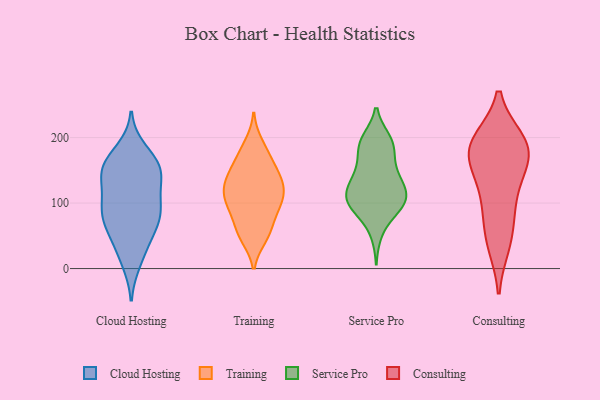
{"axis": {"x": "LTV (USD)", "y": "Value"}, "legend": ["Cloud Hosting", "Consulting", "Service Pro", "Training"], "data": [{"x": "", "y": 52, "type": "Cloud Hosting"}, {"x": "", "y": 181, "type": "Cloud Hosting"}, {"x": "", "y": 19, "type": "Cloud Hosting"}, {"x": "", "y": 85, "type": "Cloud Hosting"}, {"x": "", "y": 151, "type": "Cloud Hosting"}, {"x": "", "y": 81, "type": "Cloud Hosting"}, {"x": "", "y": 96, "type": "Cloud Hosting"}, {"x": "", "y": 10, "type": "Cloud Hosting"}, {"x": "", "y": 80, "type": "Cloud Hosting"}, {"x": "", "y": 144, "type": "Cloud Hosting"}, {"x": "", "y": 48, "type": "Cloud Hosting"}, {"x": "", "y": 61, "type": "Cloud Hosting"}, {"x": "", "y": 154, "type": "Cloud Hosting"}, {"x": "", "y": 137, "type": "Cloud Hosting"}, {"x": "", "y": 161, "type": "Cloud Hosting"}, {"x": "", "y": 124, "type": "Cloud Hosting"}, {"x": "", "y": 97, "type": "Cloud Hosting"}, {"x": "", "y": 166, "type": "Cloud Hosting"}, {"x": "", "y": 94, "type": "Cloud Hosting"}, {"x": "", "y": 149, "type": "Cloud Hosting"}, {"x": "", "y": 103, "type": "Training"}, {"x": "", "y": 99, "type": "Training"}, {"x": "", "y": 114, "type": "Training"}, {"x": "", "y": 48, "type": "Training"}, {"x": "", "y": 139, "type": "Training"}, {"x": "", "y": 169, "type": "Training"}, {"x": "", "y": 190, "type": "Training"}, {"x": "", "y": 134, "type": "Training"}, {"x": "", "y": 114, "type": "Training"}, {"x": "", "y": 80, "type": "Training"}, {"x": "", "y": 169, "type": "Training"}, {"x": "", "y": 53, "type": "Training"}, {"x": "", "y": 95, "type": "Training"}, {"x": "", "y": 133, "type": "Training"}, {"x": "", "y": 142, "type": "Training"}, {"x": "", "y": 57, "type": "Training"}, {"x": "", "y": 102, "type": "Service Pro"}, {"x": "", "y": 117, "type": "Service Pro"}, {"x": "", "y": 101, "type": "Service Pro"}, {"x": "", "y": 111, "type": "Service Pro"}, {"x": "", "y": 102, "type": "Service Pro"}, {"x": "", "y": 140, "type": "Service Pro"}, {"x": "", "y": 196, "type": "Service Pro"}, {"x": "", "y": 94, "type": "Service Pro"}, {"x": "", "y": 88, "type": "Service Pro"}, {"x": "", "y": 186, "type": "Service Pro"}, {"x": "", "y": 129, "type": "Service Pro"}, {"x": "", "y": 155, "type": "Service Pro"}, {"x": "", "y": 101, "type": "Service Pro"}, {"x": "", "y": 55, "type": "Service Pro"}, {"x": "", "y": 192, "type": "Service Pro"}, {"x": "", "y": 178, "type": "Service Pro"}, {"x": "", "y": 143, "type": "Service Pro"}, {"x": "", "y": 195, "type": "Service Pro"}, {"x": "", "y": 128, "type": "Service Pro"}, {"x": "", "y": 195, "type": "Consulting"}, {"x": "", "y": 156, "type": "Consulting"}, {"x": "", "y": 84, "type": "Consulting"}, {"x": "", "y": 194, "type": "Consulting"}, {"x": "", "y": 189, "type": "Consulting"}, {"x": "", "y": 187, "type": "Consulting"}, {"x": "", "y": 44, "type": "Consulting"}, {"x": "", "y": 180, "type": "Consulting"}, {"x": "", "y": 130, "type": "Consulting"}, {"x": "", "y": 99, "type": "Consulting"}, {"x": "", "y": 37, "type": "Consulting"}, {"x": "", "y": 160, "type": "Consulting"}]}